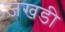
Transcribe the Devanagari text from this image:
जखडी